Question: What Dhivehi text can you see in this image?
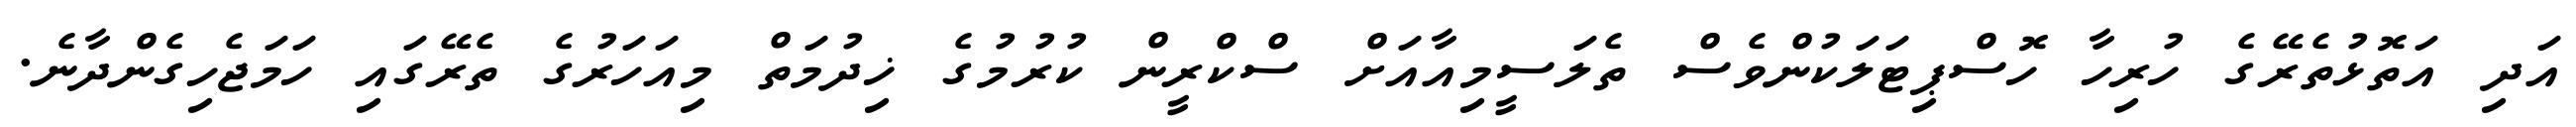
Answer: އަދި އަތޮޅުތެރޭގެ ހުރިހާ ހޮސްޕިޓަލަކުންވެސް ތެލަސީމިއާއަށް ސްކްރީން ކުރުމުގެ ޚިދުމަތް މިއަހަރުގެ ތެރޭގައި ހަމަޖެހިގެންދާނެ.